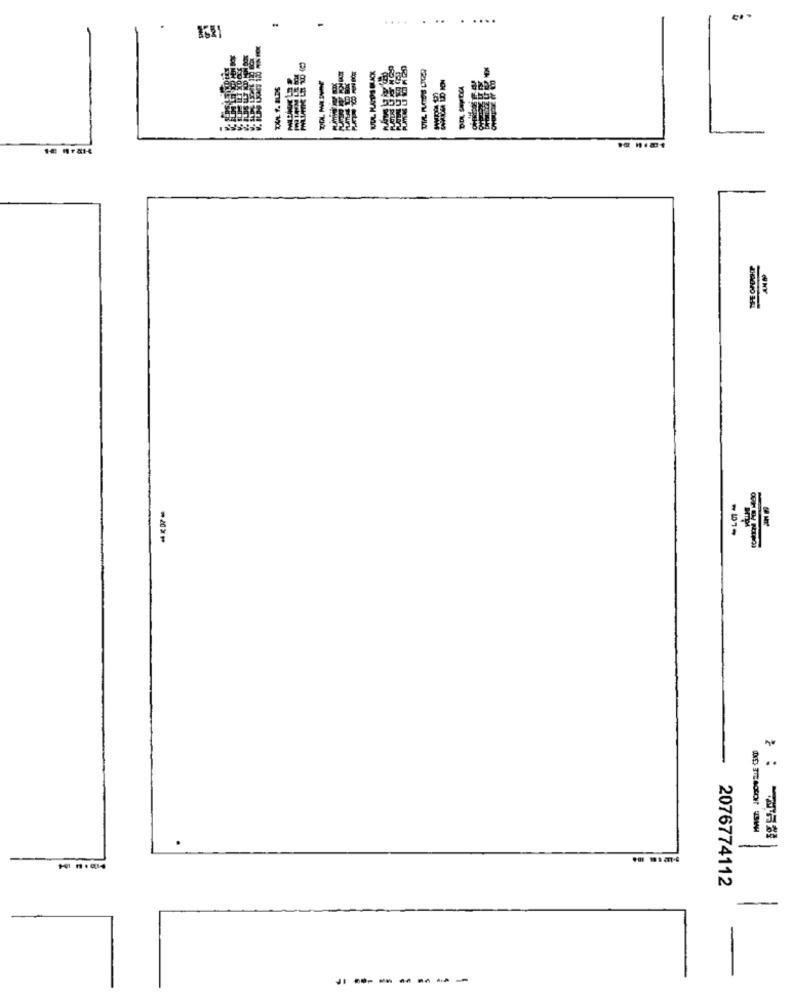
....
...
. ....
₩5074
2076774112
--------